Document type: Sale
Year: 1290
Scribe: Miquel Rotllan
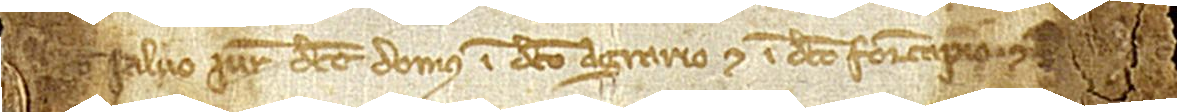
[…], salvo iure dicte domus in dicto agrario et in dicto foriscapio, et […]